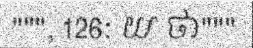
""", 126: យ ថា"""